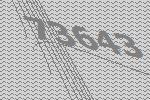
73643